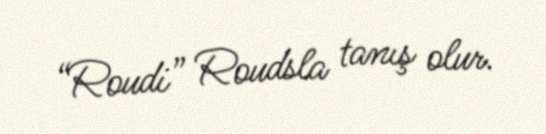
“Roudi” Roudsla tanış olur.